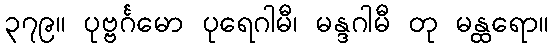
၃၇၉။ ပုဗ္ဗင်္ဂမော ပုရေဂါမီ၊ မန္ဒဂါမီ တု မန္ထရော။